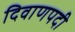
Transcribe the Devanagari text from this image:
दिवाणपदी